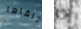
تلقاها إذا